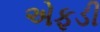
એફડી